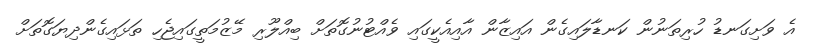
އެ ވަށިގަނޑު ހުރިތަނުން ކަނޑާލައިގެން އައިޒާން އާއިއެކީގައި ވެއްޓުނުގޮތަށް ބިއްލޫރި މޭޒުމަތީގައިޖެހި ތަޅައިގެންދިޔަގޮތަށް